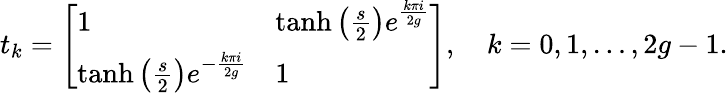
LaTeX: t_{k}=\left[\begin{array}{ll}{1}&{\operatorname{tanh}\left(\frac{s}{2}\right)e^{\frac{k\pi i}{2g}}}\\ {\operatorname{tanh}\left(\frac{s}{2}\right)e^{-\frac{k\pi i}{2g}}}&{1}\end{array}\right],\quad k=0,1,\dots,2g-1.